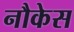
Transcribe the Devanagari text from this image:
नौकेस